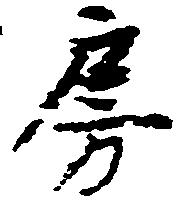
房